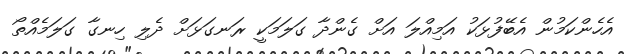
އެހެންކަމުން އެބޭފުޅަކު އަމިއްލަ އަށް ގެންދާ ގަލަމަކީ ރަނގަޅަށް ދެލި ހިނގާ ގަލަމެއްތޯ